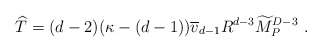
\begin{align*}{\widehat T}=(d-2)(\kappa-(d-1)){\overline v}_{d-1} R^{d-3} {\widetilde M}_P^{D-3}~.\end{align*}